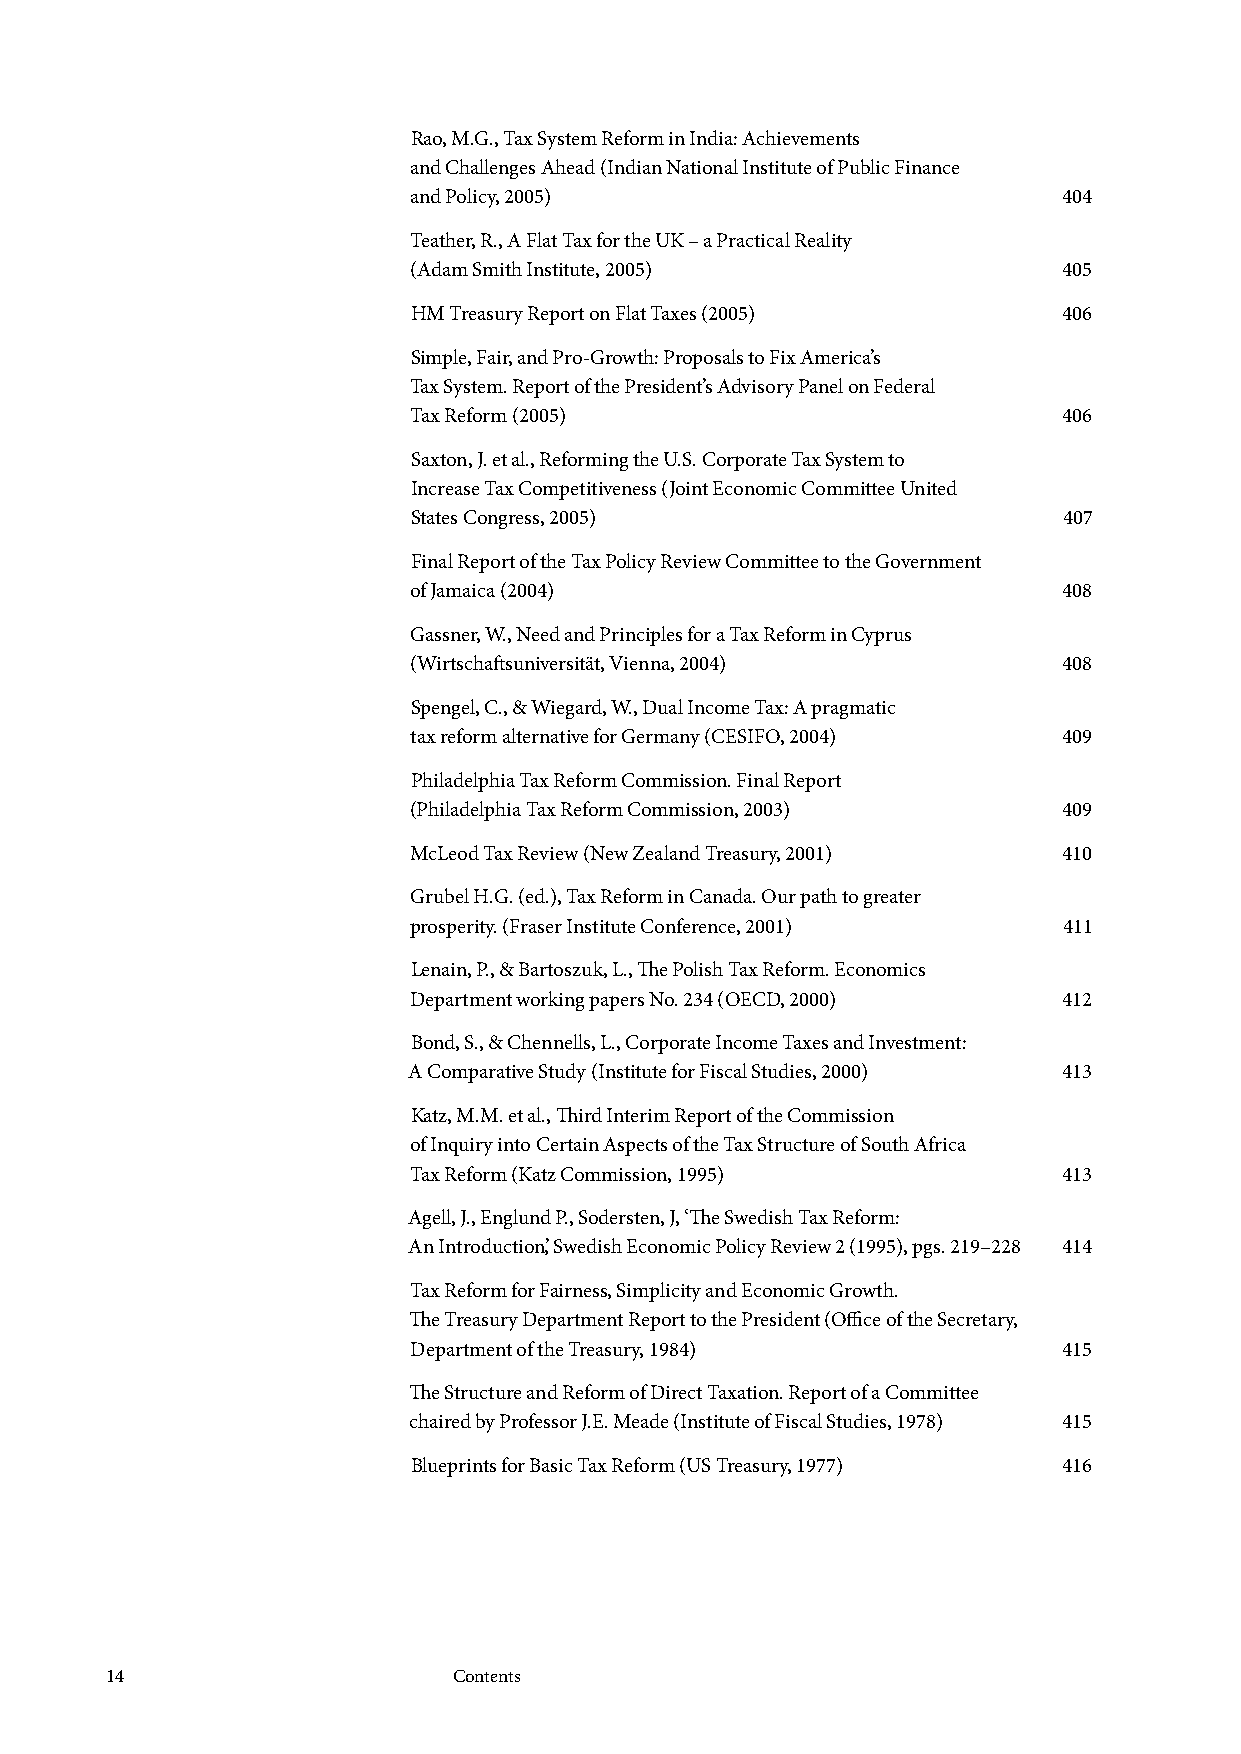
Rao, M.G., Tax System Reform in India: Achievements
 and Challenges Ahead (Indian National Institute of Public Finance
 and Policy, 2005)                          404
 Teather, R., A Flat Tax for the UK – a Practical Reality
 (Adam Smith Institute, 2005)               405
 HM Treasury Report on Flat Taxes (2005)    406
 Simple, Fair, and Pro-Growth: Proposals to Fix America’s
 Tax System. Report of the President’s Advisory Panel on Federal
 Tax Reform (2005)                          406
 Saxton, J. et al., Reforming the U.S. Corporate Tax System to
 Increase Tax Competitiveness (Joint Economic Committee United
 States Congress, 2005)                     407
 Final Report of the Tax Policy Review Committee to the Government
 of Jamaica (2004)                          408
 Gassner, W., Need and Principles for a Tax Reform in Cyprus
 (Wirtschaftsuniversität, Vienna, 2004)     408
 Spengel, C., & Wiegard, W., Dual Income Tax: A pragmatic
 tax reform alternative for Germany (CESIFO, 2004) 409
 Philadelphia Tax Reform Commission. Final Report
 (Philadelphia Tax Reform Commission, 2003) 409
 McLeod Tax Review (New Zealand Treasury, 2001) 410
 Grubel H.G. (ed.), Tax Reform in Canada. Our path to greater
 prosperity. (Fraser Institute Conference, 2001) 411
 Lenain, P., & Bartoszuk, L., The Polish Tax Reform. Economics
 Department working papers No. 234 (OECD, 2000) 412
 Bond, S., & Chennells, L., Corporate Income Taxes and Investment:
 A Comparative Study (Institute for Fiscal Studies, 2000) 413
 Katz, M.M. et al., Third Interim Report of the Commission
 of Inquiry into Certain Aspects of the Tax Structure of South Africa
 Tax Reform (Katz Commission, 1995)         413
 Agell, J., Englund P., Sodersten, J, ‘The Swedish Tax Reform:
 An Introduction’, Swedish Economic Policy Review 2 (1995), pgs. 219–228 414
 Tax Reform for Fairness, Simplicity and Economic Growth.
 The Treasury Department Report to the President (Office of the Secretary,
 Department of the Treasury, 1984)          415
 The Structure and Reform of Direct Taxation. Report of a Committee
 chaired by Professor J.E. Meade (Institute of Fiscal Studies, 1978) 415
 Blueprints for Basic Tax Reform (US Treasury, 1977) 416
 14                     Contents